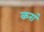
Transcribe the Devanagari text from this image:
करां